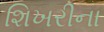
શિખરીના